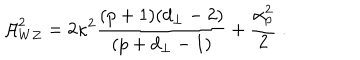
{ \cal A } _ { W Z } ^ { 2 } = 2 \kappa ^ { 2 } \frac { ( p + 1 ) ( d _ { \perp } - 2 ) } { ( p + d _ { \perp } - 1 ) } + \frac { \alpha _ { p } ^ { 2 } } { 2 } \ .